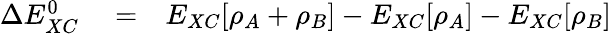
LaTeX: \begin{array}{rlr}{\Delta E_{XC}^{0}}&{{}=}&{E_{XC}[\rho_{A}+\rho_{B}]-E_{XC}[\rho_{A}]-E_{XC}[\rho_{B}]}\end{array}